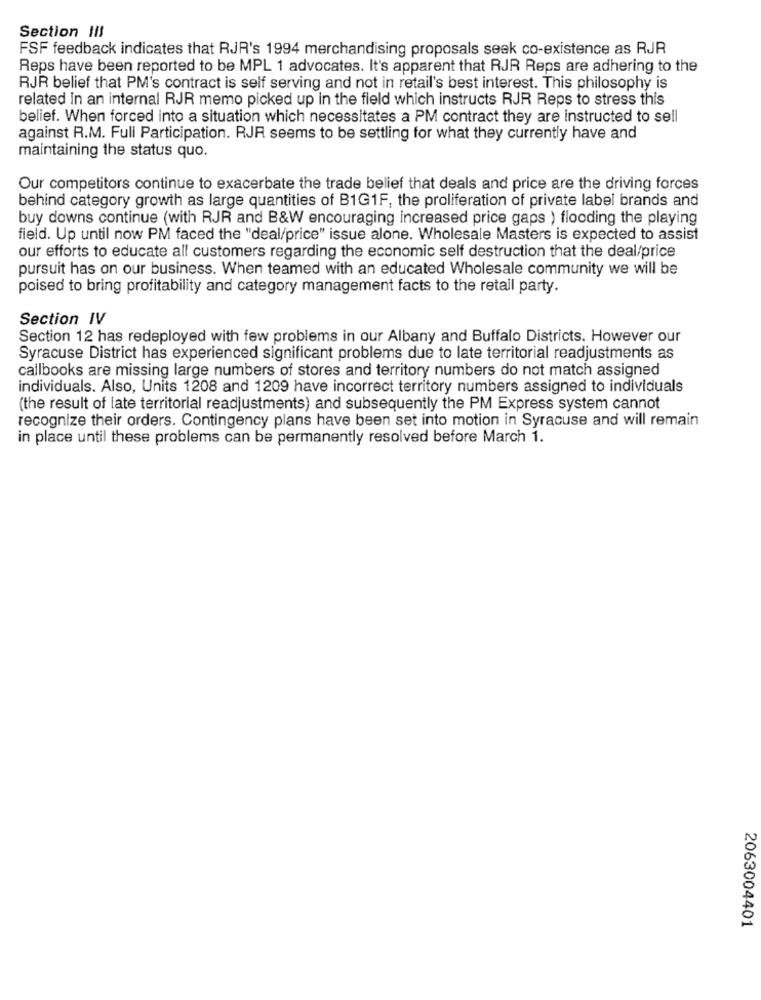
Section !!!
FSF feedback indicates that RJR's 1994 merchandising proposals seak co-existence as RJR
Reps have been reported to be MPL 1 advocates. It's apparent that RJR Reps are adhering to the
RJR belief that PM's contract is self serving and not in retail's best interest. This philosophy is
related in an internal RJR memo picked up in the field which instructs RJR Reps to stress this
belief. When forced into a situation which necessitates a PM contract they are instructed to sell
against R.M. Full Participation. RJR seems to be settling for what they currently have and
maintaining the status quo.
Our competitors continue to exacerbate the trade belief that deals and price are the driving forces
behind category growth as large quantities of B1G1F, the proliferation of private label brands and
buy downs continue (with RJR and B&W encouraging increased price gaps ) flooding the playing
field. Up until now PM faced the "deal/price" issue alone. Wholesale Masters is expected to assist
our efforts to educate all customers regarding the economic self destruction that the deal/price
pursuit has on our business. When teamed with an educated Wholesale community we will be
poised to bring profitability and category management facts to the retail party.
Section IV
Section 12 has redeployed with few problems in our Albany and Buffalo Districts. However our
Syracuse District has experienced significant problems due to late territorial readjustments as
callbooks are missing large numbers of stores and territory numbers do not match assigned
individuals. Also, Units 1208 and 1209 have incorrect territory numbers assigned to individuals
(the result of late territorial readjustments) and subsequently the PM Express system cannot
recognize their orders. Contingency plans have been set into motion in Syracuse and will remain
in place until these problems can be permanently resolved before March 1.
2063004401